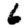
Digit: 6